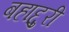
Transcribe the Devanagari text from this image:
बहाद्दुरी